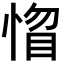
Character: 𢝻